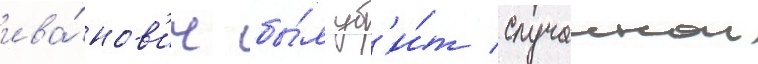
ива́нов'ич бы́л уб'и́т случаинои